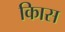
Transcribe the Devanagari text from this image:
किास